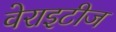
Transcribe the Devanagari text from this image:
वेराइटीज